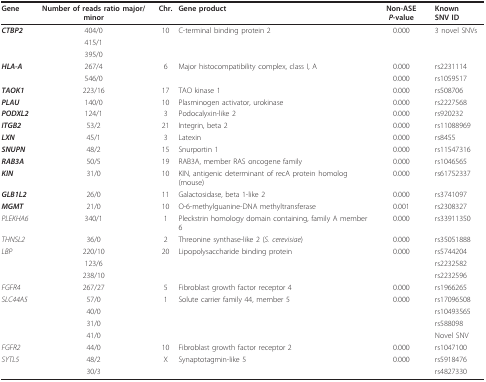
<table><thead><tr><td><b>Gene</b></td><td><b>Number of reads ratio major/minor</b></td><td><b>Chr.</b></td><td><b>Gene product</b></td><td><b>Non-ASE <i>P</i>-value</b></td><td><b>Known SNV ID</b></td></tr></thead><tbody><tr><td><b><i>CTBP2</i></b></td><td>404/0</td><td>10</td><td>C-terminal binding protein 2</td><td>0.000</td><td>3 novel SNVs</td></tr><tr><td></td><td>415/1</td><td></td><td></td><td></td><td></td></tr><tr><td></td><td>395/0</td><td></td><td></td><td></td><td></td></tr><tr><td><b><i>HLA-A</i></b></td><td>267/4</td><td>6</td><td>Major histocompatibility complex, class I, A</td><td>0.000</td><td>rs2231114</td></tr><tr><td></td><td>546/0</td><td></td><td></td><td>0.000</td><td>rs1059517</td></tr><tr><td><b><i>TAOK1</i></b></td><td>223/16</td><td>17</td><td>TAO kinase 1</td><td>0.000</td><td>rs508706</td></tr><tr><td><b><i>PLAU</i></b></td><td>140/0</td><td>10</td><td>Plasminogen activator, urokinase</td><td>0.000</td><td>rs2227568</td></tr><tr><td><b><i>PODXL2</i></b></td><td>124/1</td><td>3</td><td>Podocalyxin-like 2</td><td>0.000</td><td>rs920232</td></tr><tr><td><b><i>ITGB2</i></b></td><td>53/2</td><td>21</td><td>Integrin, beta 2</td><td>0.000</td><td>rs11088969</td></tr><tr><td><b><i>LXN</i></b></td><td>45/1</td><td>3</td><td>Latexin</td><td>0.000</td><td>rs8455</td></tr><tr><td><b><i>SNUPN</i></b></td><td>48/2</td><td>15</td><td>Snurportin 1</td><td>0.000</td><td>rs11547316</td></tr><tr><td><b><i>RAB3A</i></b></td><td>50/5</td><td>19</td><td>RAB3A, member RAS oncogene family</td><td>0.000</td><td>rs1046565</td></tr><tr><td><b><i>KIN</i></b></td><td>31/0</td><td>10</td><td>KIN, antigenic determinant of recA protein homolog (mouse)</td><td>0.000</td><td>rs61752337</td></tr><tr><td><b><i>GLB1L2</i></b></td><td>26/0</td><td>11</td><td>Galactosidase, beta 1-like 2</td><td>0.000</td><td>rs3741097</td></tr><tr><td><b><i>MGMT</i></b></td><td>21/0</td><td>10</td><td>O-6-methylguanine-DNA methyltransferase</td><td>0.001</td><td>rs2308327</td></tr><tr><td><i>PLEKHA6</i></td><td>340/1</td><td>1</td><td>Pleckstrin homology domain containing, family A member 6</td><td>0.000</td><td>rs33911350</td></tr><tr><td><i>THNSL2</i></td><td>36/0</td><td>2</td><td>Threonine synthase-like 2 (<i>S. cerevisiae</i>)</td><td>0.000</td><td>rs35051888</td></tr><tr><td><i>LBP</i></td><td>220/10</td><td>20</td><td>Lipopolysaccharide binding protein</td><td>0.000</td><td>rs5744204</td></tr><tr><td></td><td>123/6</td><td></td><td></td><td></td><td>rs2232582</td></tr><tr><td></td><td>238/10</td><td></td><td></td><td></td><td>rs2232596</td></tr><tr><td><i>FGFR4</i></td><td>267/27</td><td>5</td><td>Fibroblast growth factor receptor 4</td><td>0.000</td><td>rs1966265</td></tr><tr><td><i>SLC44A5</i></td><td>57/0</td><td>1</td><td>Solute carrier family 44, member 5</td><td>0.000</td><td>rs17096508</td></tr><tr><td></td><td>40/0</td><td></td><td></td><td></td><td>rs10493565</td></tr><tr><td></td><td>31/0</td><td></td><td></td><td></td><td>rs588098</td></tr><tr><td></td><td>41/0</td><td></td><td></td><td></td><td>Novel SNV</td></tr><tr><td><i>FGFR2</i></td><td>44/0</td><td>10</td><td>Fibroblast growth factor receptor 2</td><td>0.000</td><td>rs1047100</td></tr><tr><td><i>SYTL5</i></td><td>48/2</td><td>X</td><td>Synaptotagmin-like 5</td><td>0.000</td><td>rs5918476</td></tr><tr><td></td><td>30/3</td><td></td><td></td><td></td><td>rs4827330</td></tr></tbody></table>